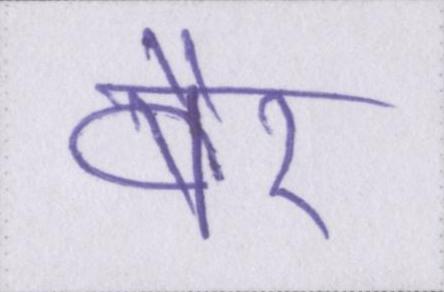
बैर